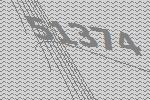
51374